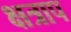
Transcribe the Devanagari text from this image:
क्षत्राप